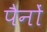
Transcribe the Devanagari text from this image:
पैनों